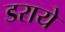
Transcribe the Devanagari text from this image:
डराये